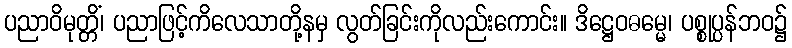
ပညာဝိမုတ္တိံ၊ ပညာဖြင့်ကိလေသာတို့နမှ လွတ်ခြင်းကိုလည်းကောင်း။ ဒိဋ္ဌေဝဓမ္မေ၊ ပစ္စုပ္ပန်ဘဝ၌